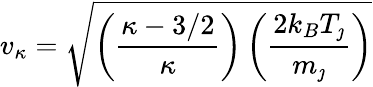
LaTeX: v_{\kappa}=\sqrt{\left(\frac{\kappa-3/2}{\kappa}\right)\left(\frac{2k_{B}T_{\jmath}}{m_{\jmath}}\right)}